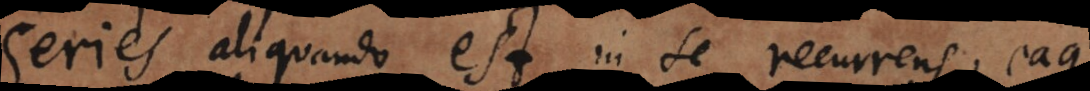
Series aliquando est in se recurrens, eaque